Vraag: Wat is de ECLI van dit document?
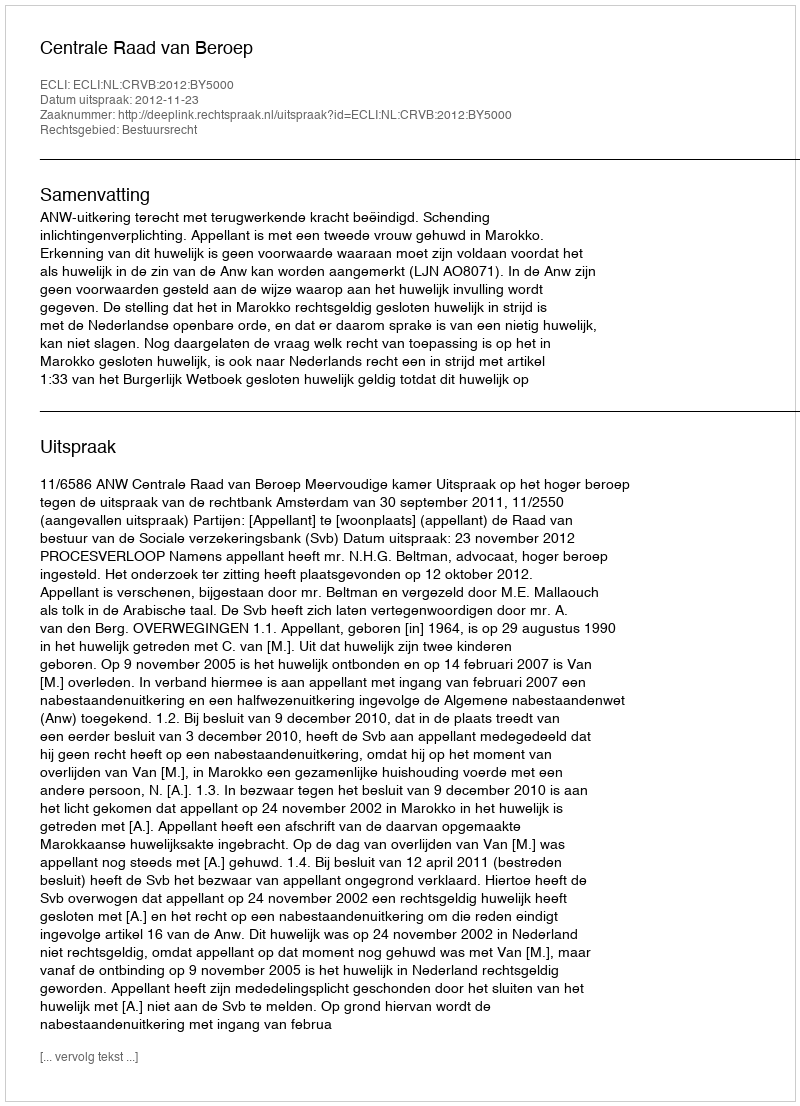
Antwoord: ECLI:NL:CRVB:2012:BY5000